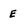
Character: E